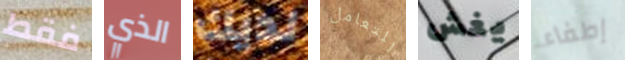
فقط الذي لديك للتعامل يغش إطفاء